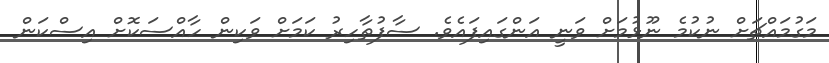
މަގުމައްޗަށް ނުކުމެ ނޫޅުމަށް ވަނީ އަންގައިފައެވެ. ސާފުތާހިރު ކަމަށް ވަކިން ހާއްސަކޮށް އިސްކަން